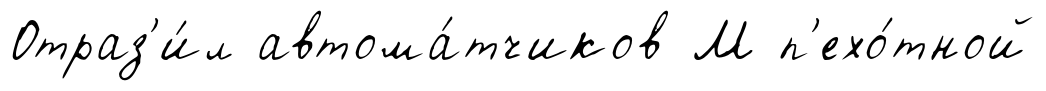
Отраз'и́л автома́тчиков М п'ехо́тной